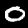
Digit: 0